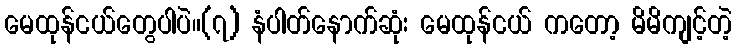
မေထုန်ငယ်တွေပါပဲ။(၇) နံပါတ်နောက်ဆုံး မေထုန်ငယ် ကတော့ မိမိကျင့်တဲ့